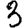
Digit: 3